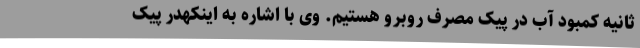
ثانیه کمبود آب در پیک مصرف روبرو هستیم. وی با اشاره به اینکهدر پیک